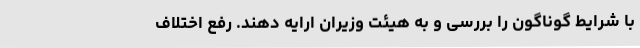
با شرایط گوناگون را بررسی و به هیئت وزیران ارایه دهند. رفع اختلاف